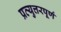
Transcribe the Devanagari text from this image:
प्रत्युत्तरपूर्ण